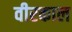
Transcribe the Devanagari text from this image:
वीरकाल